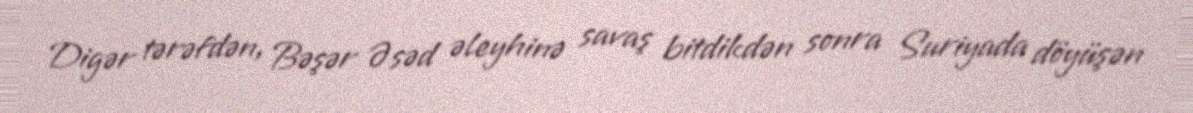
Digər tərəfdən, Bəşər Əsəd əleyhinə savaş bitdikdən sonra Suriyada döyüşən